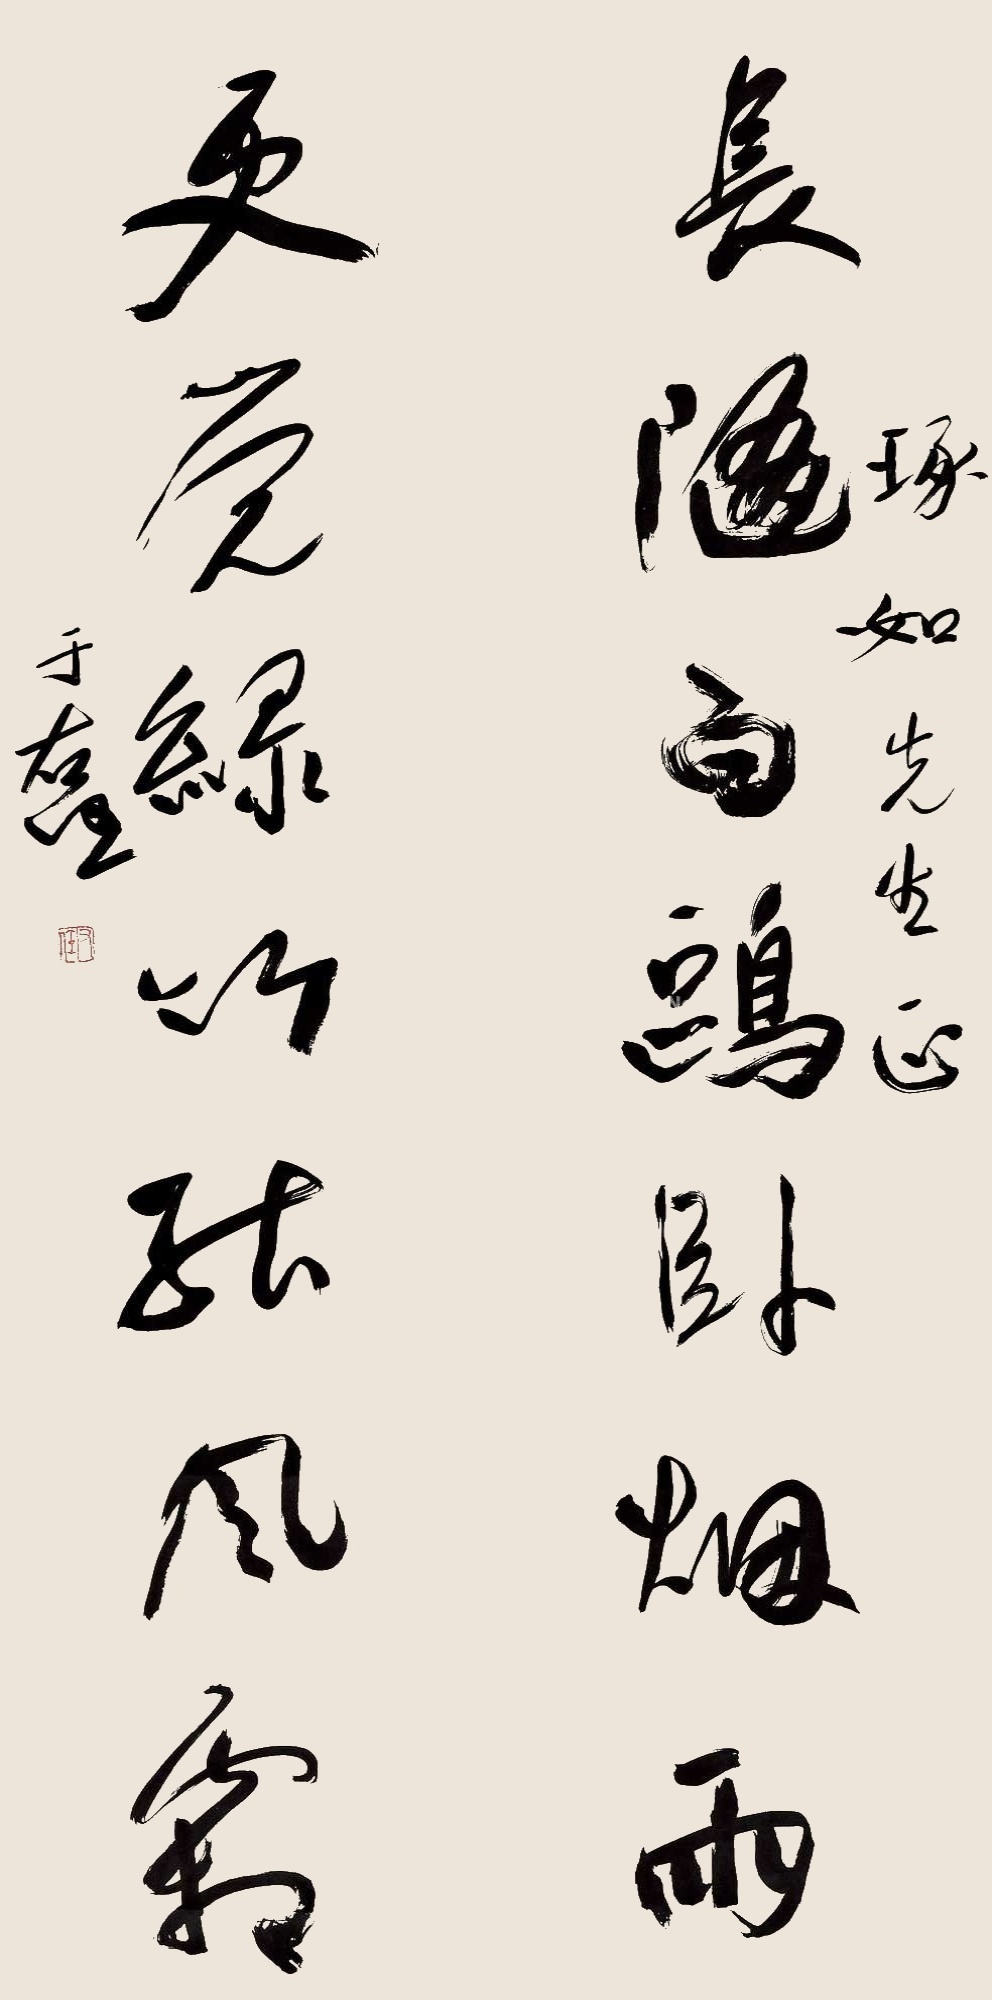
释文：长随白鸥卧烟雨，更觉绿竹能风霜。琢如先生正。于右任。